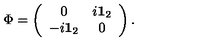
\Phi = \left( \begin{array} { c c } { 0 } & { i { \bf 1 } _ { 2 } } \\ { - i { \bf 1 } _ { 2 } } & { 0 } \\ \end{array} \right) .